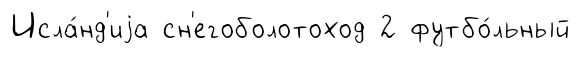
Исла́нд'иjа сн'егоболотоход 2 футбо́льный